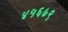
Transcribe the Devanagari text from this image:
४५६७९